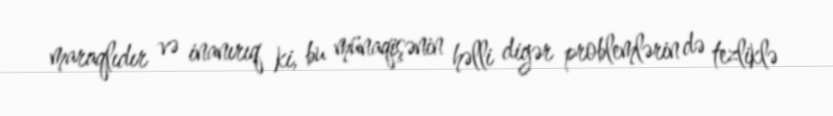
maraqlıdır və inanırıq ki, bu münaqişənin həlli digər problemlərin də tezliklə